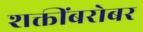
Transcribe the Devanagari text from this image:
शक्तींबरोबर